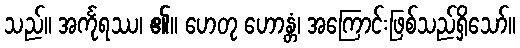
သည်။ အင်္ကုရဿ၊ ၏။ ဟေတု ဟောန္တံ၊ အကြောင်းဖြစ်သည်ရှိသော်။